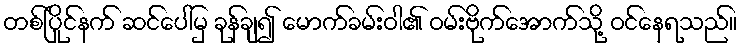
တစ်ပြိုင်နက် ဆင်ပေါ်မှ ခုန်ချ၍ မောက်ခမ်းဝါ၏ ဝမ်းဗိုက်အောက်သို့ ဝင်နေရသည်။